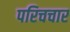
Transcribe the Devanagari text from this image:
परिचचार